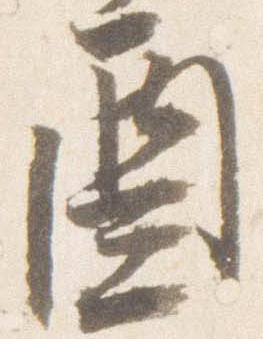
酉